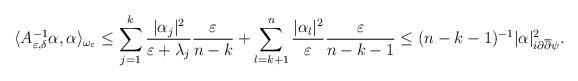
LaTeX: \begin{align*}\langle A^{-1}_{\varepsilon, \delta}\alpha, \alpha \rangle_{\omega_{\varepsilon}} \leq \sum_{ j = 1}^{k}\frac{|\alpha_{j}|^{2}}{\varepsilon + \lambda_{j}}\frac{\varepsilon}{n-k} + \sum_{l = k +1}^{n} \frac{|\alpha_{l}|^{2}}{\varepsilon}\frac{\varepsilon}{n-k-1} \leq (n-k-1)^{-1} |\alpha|_{i\partial \overline{\partial} \psi}^{2}. \end{align*}